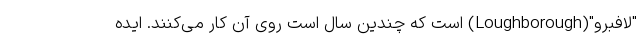
"لافبرو"(Loughborough) است که چندین سال است روی آن کار می‌کنند. ایده